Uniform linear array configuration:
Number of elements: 24
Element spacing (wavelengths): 1
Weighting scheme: hann
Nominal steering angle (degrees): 0
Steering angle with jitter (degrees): -1.505
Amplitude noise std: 0.05
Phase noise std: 0.05

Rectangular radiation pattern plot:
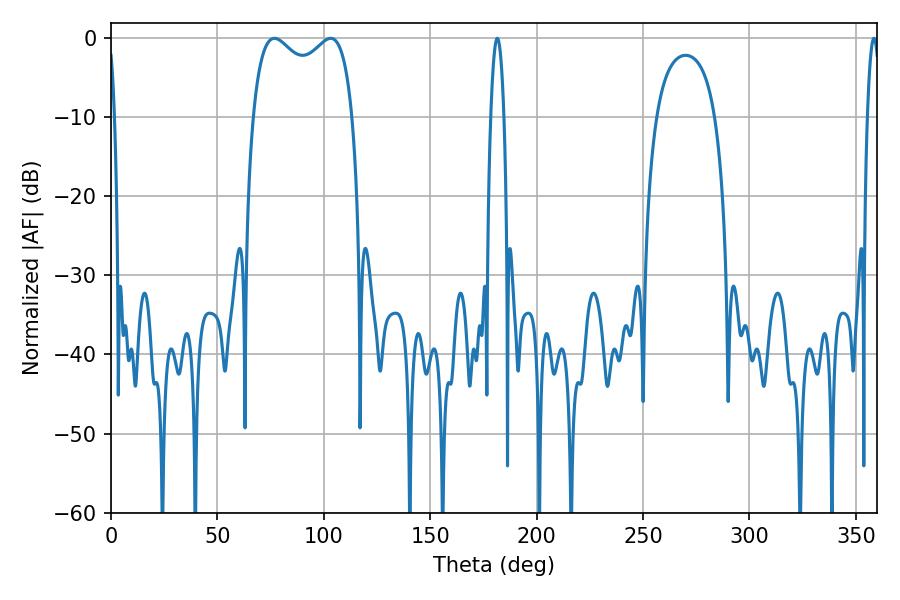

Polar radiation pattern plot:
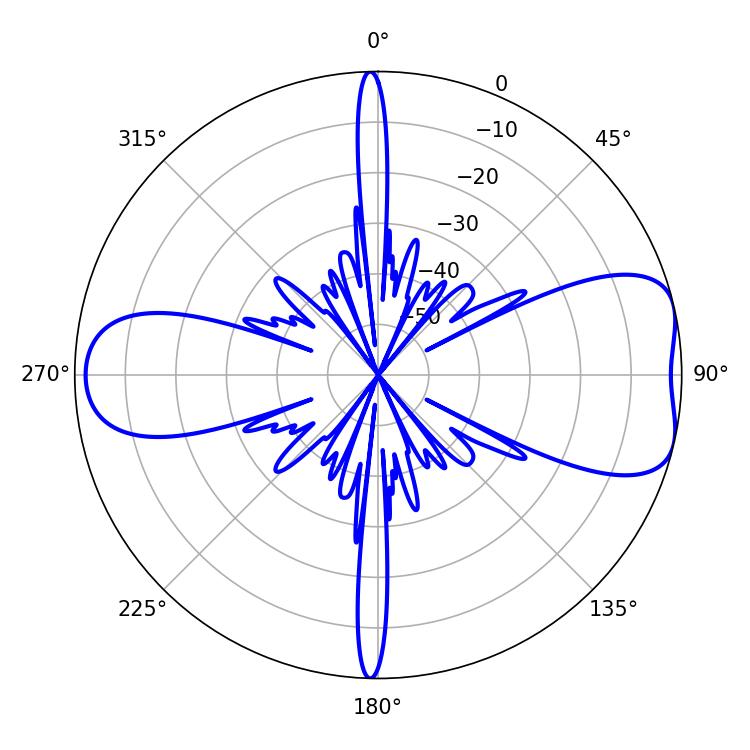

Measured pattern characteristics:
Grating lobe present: TRUE
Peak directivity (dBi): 7.388
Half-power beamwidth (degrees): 38.88
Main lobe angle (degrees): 76.86